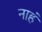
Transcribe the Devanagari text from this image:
नाहं